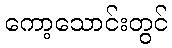
ကော့သောင်းတွင်